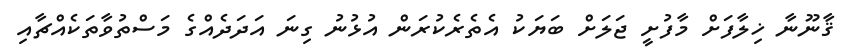
ޤާނޫނާ ޚިލާފަށް މާފުށީ ޖަލަށް ބަޔަކު އެތެރެކުރަން އުޅުނު ގިނަ އަދަދެއްގެ މަސްތުވާތަކެއްޗާއި